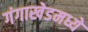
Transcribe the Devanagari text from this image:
गंगाखेडमध्ये